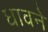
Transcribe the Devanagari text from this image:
धावने